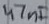
Text: 47nF